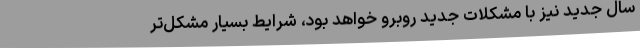
سال جدید نیز با مشکلات جدید روبرو خواهد بود، شرایط بسیار مشکل‌تر